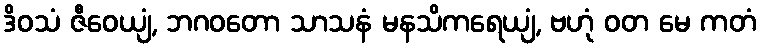
ဒိဝသံ ဇီဝေယျံ, ဘဂဝတော သာသနံ မနသိကရေယျံ, ဗဟုံ ဝတ မေ ကတံ